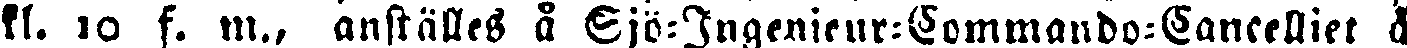
kl. 10 f. m., anställes å Sjö-Ingenieur-Commando-Cancelliet å